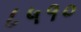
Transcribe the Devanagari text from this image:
८५१०